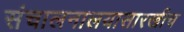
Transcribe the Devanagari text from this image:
संचालनालयासारखीच